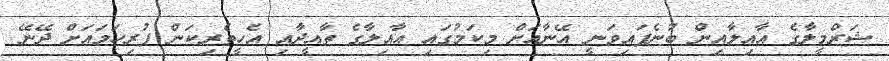
ޝަރްމީލާގެ އާއިލާއިން ބުނެފައިވަނީ އޭނާއަށް މިކަމުގައި އާއިލާގެ ތާއީދާއި އެހީތެރިކަން ފުރިހަމައަށް ދޭނޭ